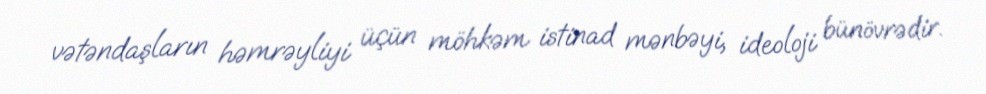
vətəndaşların həmrəyliyi üçün möhkəm istinad mənbəyi, ideoloji bünövrədir.